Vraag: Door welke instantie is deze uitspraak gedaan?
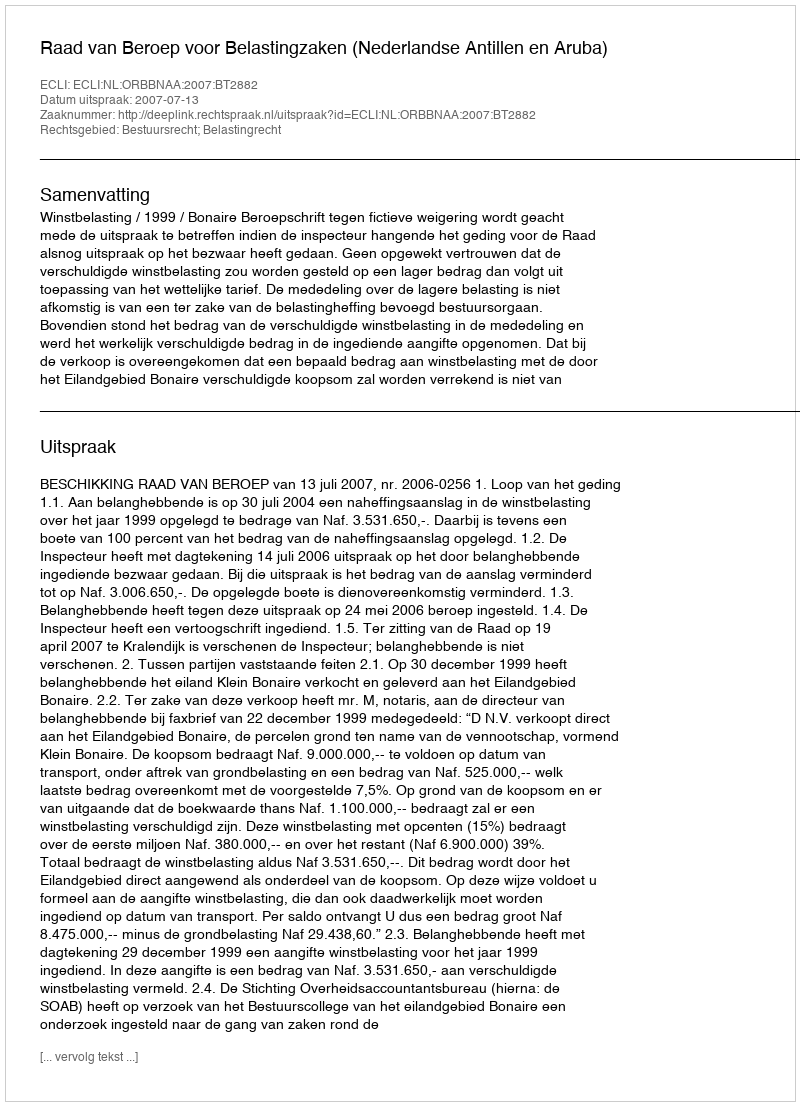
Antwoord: Raad van Beroep voor Belastingzaken (Nederlandse Antillen en Aruba)